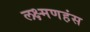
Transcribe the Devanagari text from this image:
लक्ष्मणहंस